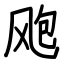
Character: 飑